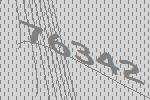
76342